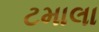
ટમાલા